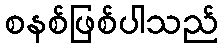
စနစ်ဖြစ်ပါသည်